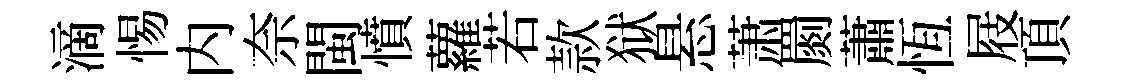
滴惕内奈閩憤蘿若款狱悬萧罽蕭恆屐頂